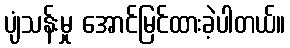
ပျံသန်းမှု အောင်မြင်ထားခဲ့ပါတယ်။